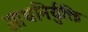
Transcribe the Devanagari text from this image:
ओधनिर्युक्ति